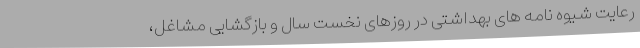
رعایت شیوه نامه های بهداشتی در روزهای نخست سال و بازگشایی مشاغل،